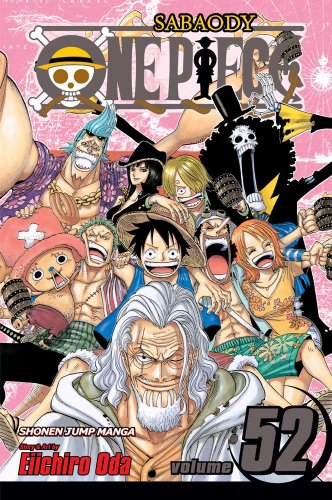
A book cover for One Piece, Vol. 52; Eiichiro Oda; Comics & Graphic Novels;